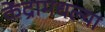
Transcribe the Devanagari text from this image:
केंद्रामधल्या